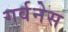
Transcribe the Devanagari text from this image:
गर्वनेस